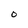
Character: O